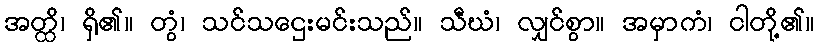
အတ္ထိ၊ ရှိ၏။ တွံ၊ သင်သဌေးမင်းသည်။ သီဃံ၊ လျှင်စွာ။ အမှာကံ၊ ငါတို့၏။